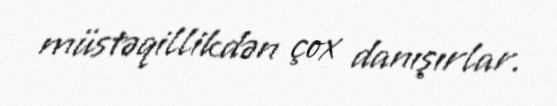
müstəqillikdən çox danışırlar.